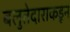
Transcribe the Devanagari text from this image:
बलुतेदाराकडून